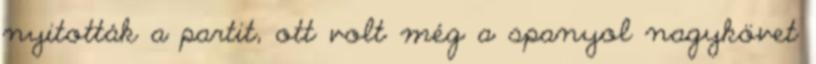
nyitották a partit, ott volt még a spanyol nagykövet